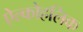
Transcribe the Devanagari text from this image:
ऐल्कोहलिक